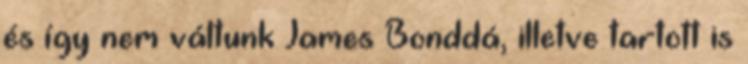
és így nem váltunk James Bonddá, illetve tartott is